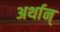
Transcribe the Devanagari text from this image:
अर्थान्